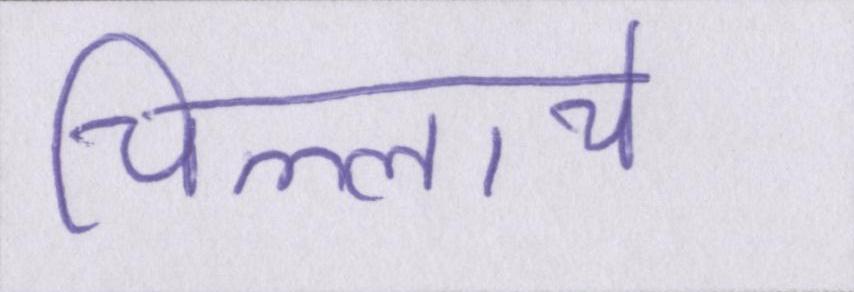
चिल्लाये